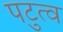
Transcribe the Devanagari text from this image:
पटुत्व